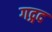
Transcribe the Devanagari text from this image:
गद्गद